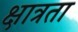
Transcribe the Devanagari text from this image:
क्षात्रता